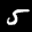
Label: 5